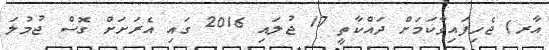
އާރ) ޖެހިފައިވާކަމަށް ދައްކާތީ 17 ޖުލައި 2016 ގައި އެރަށަށް ގޮސް ޖުމުލަ